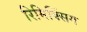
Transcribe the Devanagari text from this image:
रिमिक्सिंग